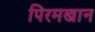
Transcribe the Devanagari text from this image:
पिरमखान